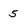
Character: 5